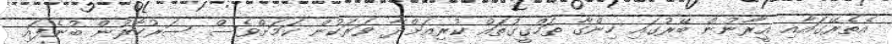
އެތެރޭގައާއި އީރާނުން ބޭރުގައި ހިންގާ ތަހްގީގުތައް ކުރިއަށްދާ ވަރަކުން ކަމަށްވެސް ސަރުކާރުން ބުނެފައި